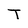
Character: T